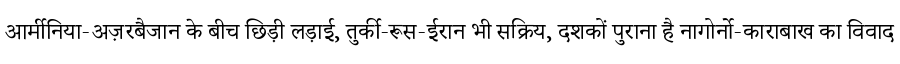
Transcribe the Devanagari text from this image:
आर्मीनिया-अज़रबैजान के बीच छिड़ी लड़ाई, तुर्की-रूस-ईरान भी सक्रिय, दशकों पुराना है नागोर्नो-काराबाख का विवाद